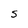
Character: S